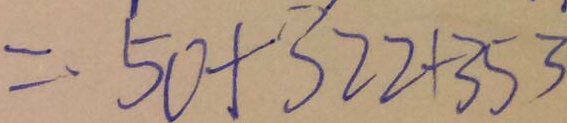
= 5 0 + 3 2 2 + 3 5 3